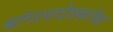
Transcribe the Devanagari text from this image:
बांगलादेशबरोबर